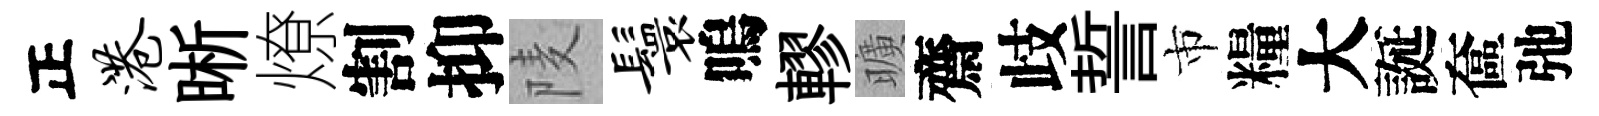
正港晰燎割抑𨹧鬟嗚轇曠齋歧誓市糧大誕奩弛